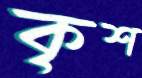
কৃশ